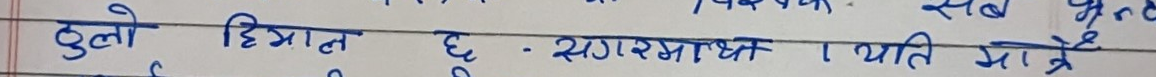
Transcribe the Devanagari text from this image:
ठुलो हिमाल छ । सगरमाथा ८८४८ मिटर